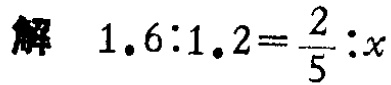
解 \(1.6:1.2=\frac{2}{5}:x\)